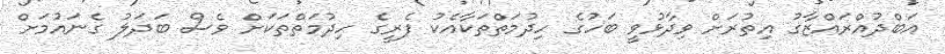
އަބްދުއްރައްޒާގު އިތުރަށް ވިދާޅުވީ ބަހުގެ ހިދުމަތްތަކާއެކު ފެރީގެ ހިދުމަތްތަކަށް ވެސް ބަދަލު ގެނައުމަށް